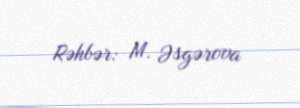
Rəhbər: M. Əsgərova